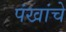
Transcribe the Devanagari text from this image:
पंखांचे